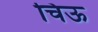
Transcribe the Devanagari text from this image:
चिऊ